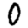
Digit: 0